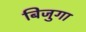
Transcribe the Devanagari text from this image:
बिजुगा